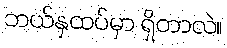
ဘယ်နှထပ်မှာ ရှိတာလဲ။